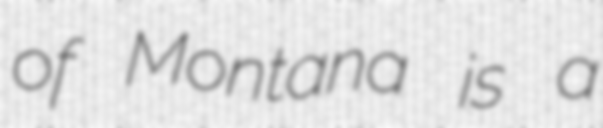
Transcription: of Montana is a